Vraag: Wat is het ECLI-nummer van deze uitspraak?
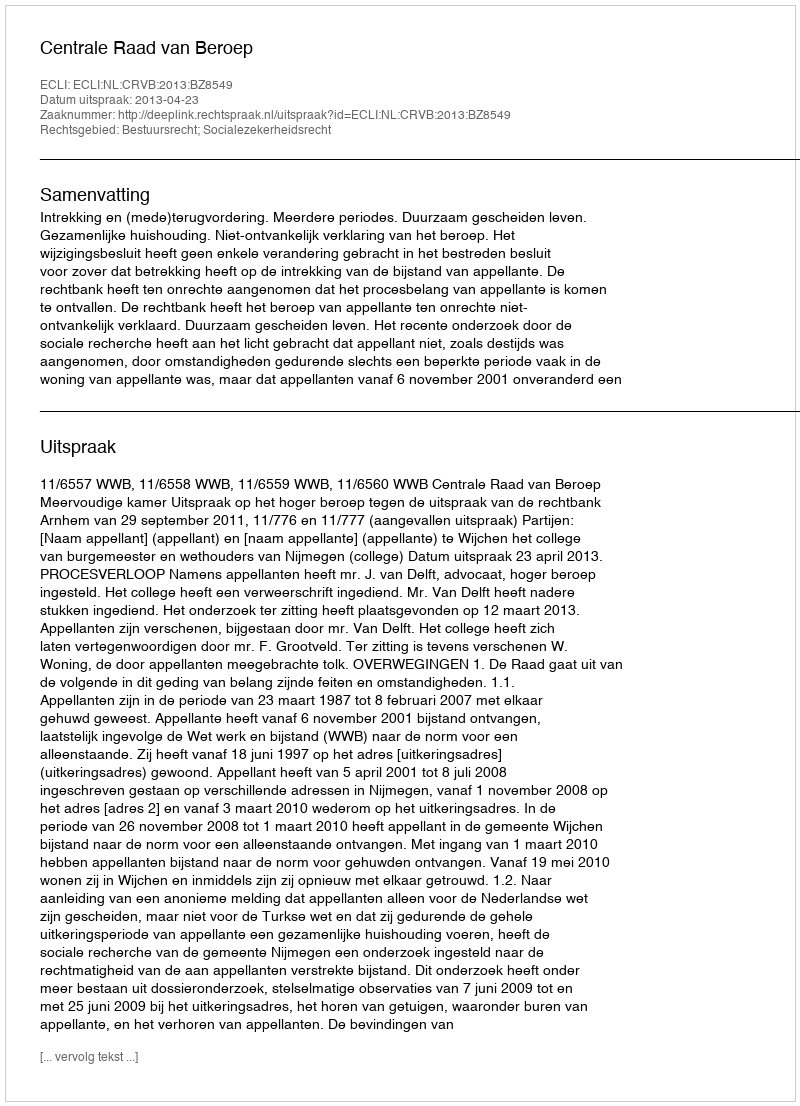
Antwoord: ECLI:NL:CRVB:2013:BZ8549